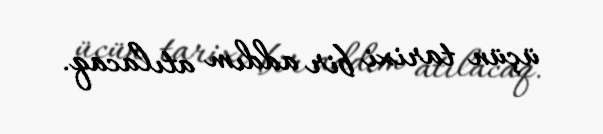
üçün tarixi bir addım atılacaq.